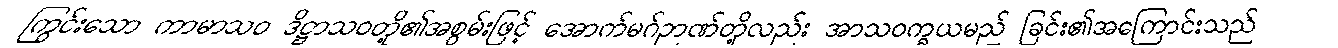
ကြွင်းသော ကာမာသဝ ဒိဋ္ဌာသဝတို့၏အစွမ်းဖြင့် အောက်မဂ်ဉာဏ်တို့လည်း အာသဝက္ခယမည် ခြင်း၏အကြောင်းသည်